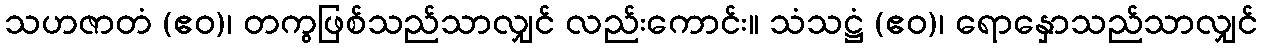
သဟဇာတံ (ဧဝ)၊ တကွဖြစ်သည်သာလျှင် လည်းကောင်း။ သံသဋ္ဌံ (ဧဝ)၊ ရောနှောသည်သာလျှင်